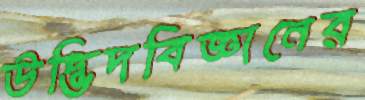
উদ্ভিদবিজ্ঞানের